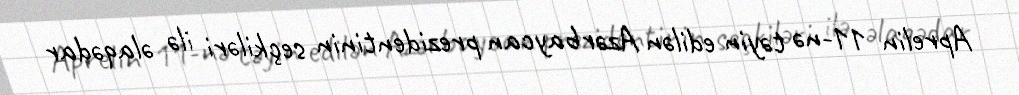
Aprelin 11-nə təyin edilən Azərbaycan prezidentinin seçkiləri ilə əlaqədar